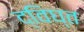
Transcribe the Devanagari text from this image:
द्विघ्त